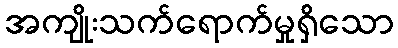
အကျိုးသက်ရောက်မှုရှိသော